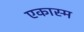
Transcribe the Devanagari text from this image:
एकास्म